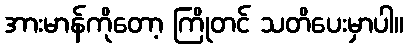
အားမာန်ကိုတော့ ကြိုတင် သတိပေးမှာပါ။